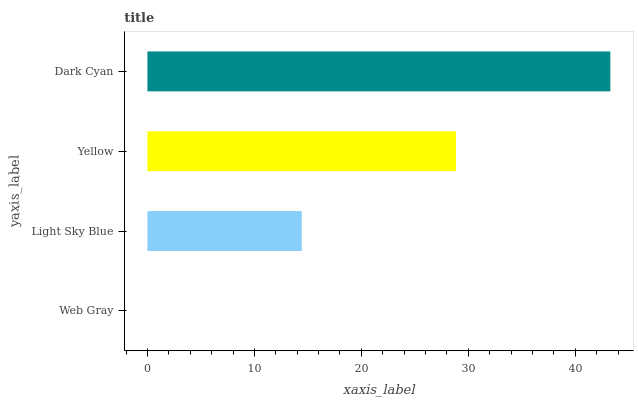
| yaxis_label | bars |
 | --- | --- |
 | Web Gray | 0 |
 | Light Sky Blue | 14.4 |
 | Yellow | 28.8 |
 | Dark Cyan | 43.3 |